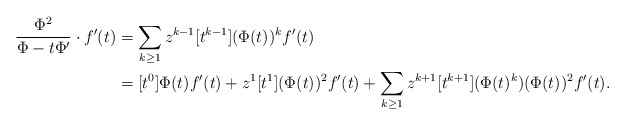
\begin{align*}\frac{\Phi^2}{\Phi-t\Phi'}\cdot f'(t)&=\sum_{k\ge1}z^{k-1}[t^{k-1}] (\Phi(t))^k f'(t)\\&=[t^{0}]\Phi(t)f'(t)+z^{1}[t^{1}] (\Phi(t))^2 f'(t)+\sum_{k\ge1}z^{k+1}[t^{k+1}] (\Phi(t)^k) (\Phi(t))^2 f'(t).\end{align*}